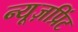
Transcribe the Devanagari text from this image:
न्यूज़प्रिंट